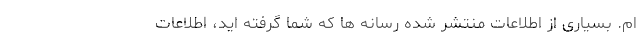
ام. بسیاری از اطلاعات منتشر شده رسانه ها که شما گرفته اید، اطلاعات